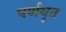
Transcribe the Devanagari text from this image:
पर्णवृत